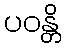
ပဝန္တိ